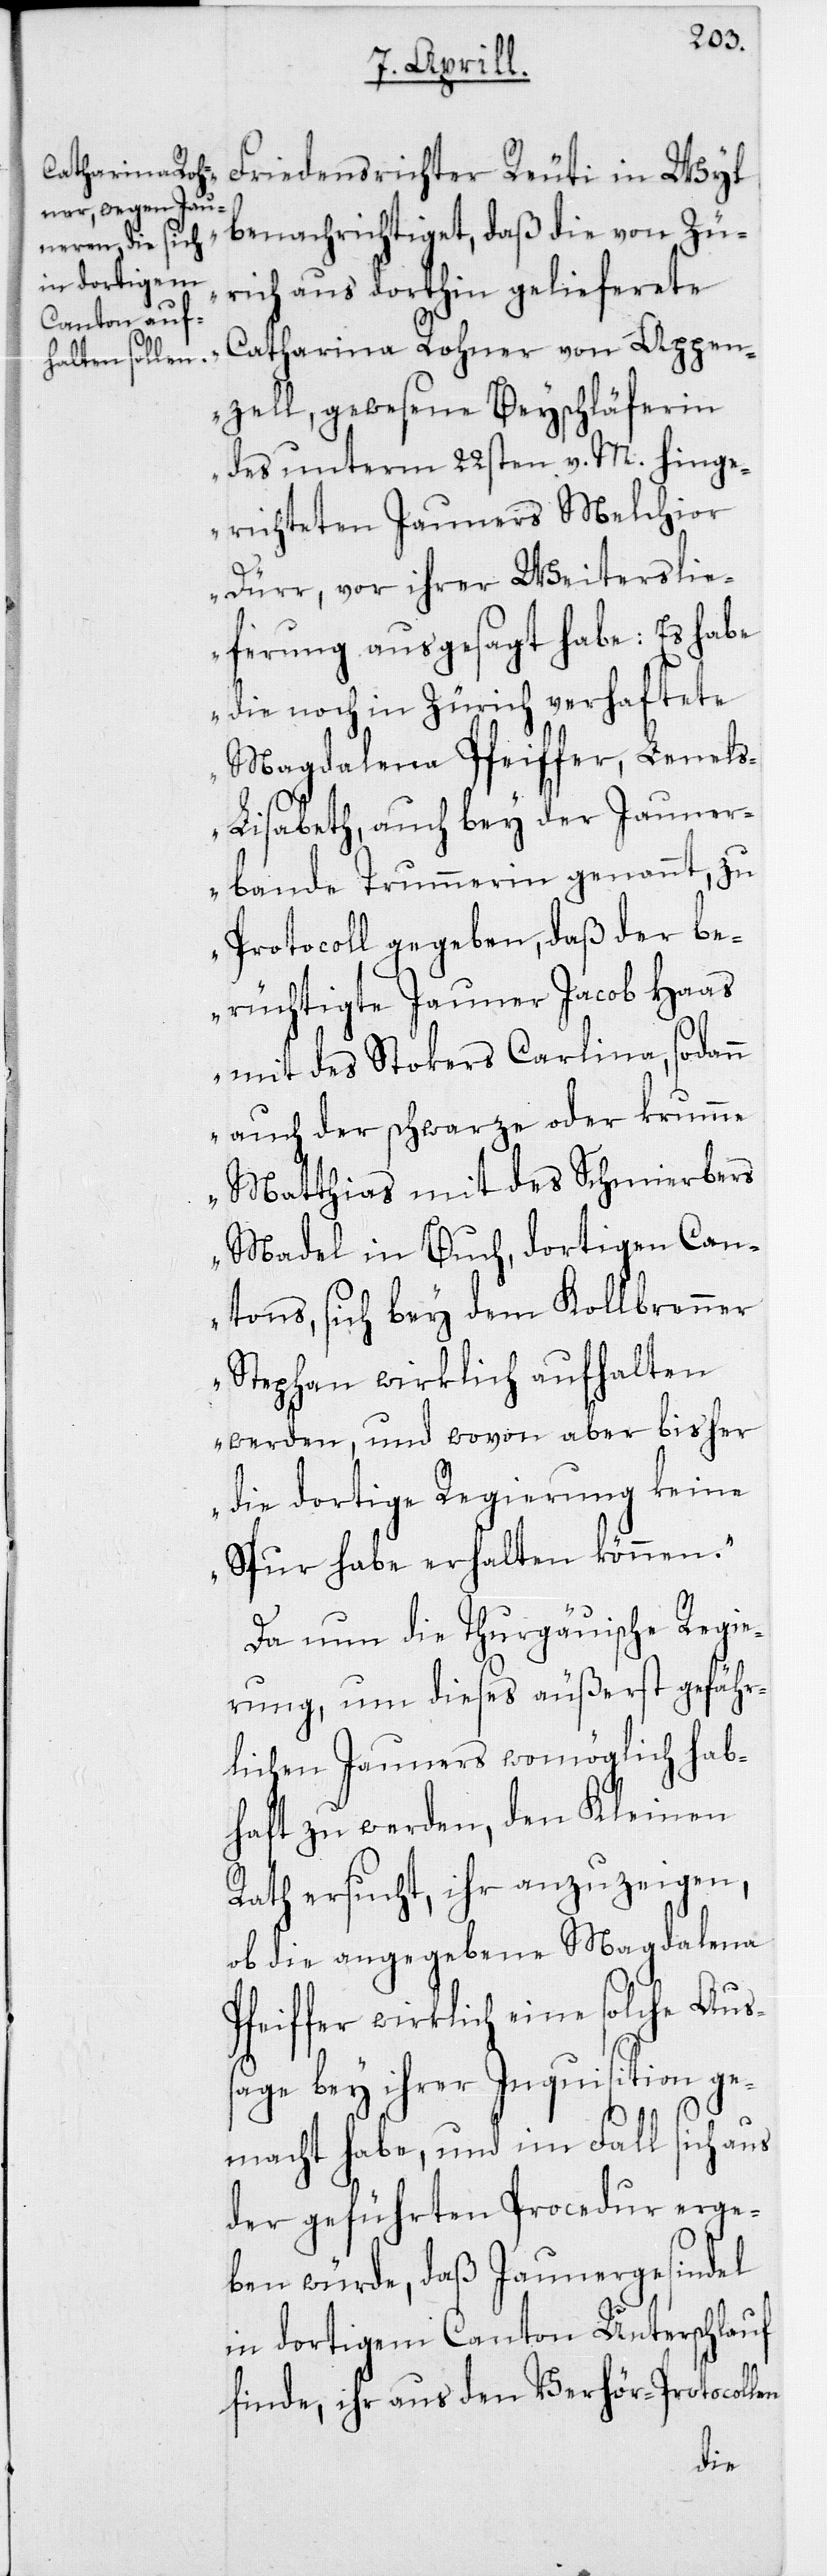
Friedensrichter Reuti in Wyl
benachrichtiget, daß die von Zü¬
rich aus dorthin gelieferete
Catharina Rohner von Appen¬
zell, gewesene Beyschläferin
des unterm 22sten v. M. hinge¬
richteten Jauners Melchior
Dürr, vor ihrer Weiterslie¬
ferung ausgesagt habe: Es habe
die noch in Zürich verhaftete
Magdalena Pfeiffer, Lenel¬
s-Lisabeth, auch bey der Jauner¬
bande Trummerin genannt, zu
Protocoll gegeben, daß der be¬
rüchtigte Jauner Jacob Haas
mit des Stokers Carlina, sodann
auch der schwarze oder krumme
Matthias mit des Schmierbers
Madel in Buch, dortigen Can¬
tons, sich bey dem Kollbrenner
Stephan wirklich aufhalten
werden, und wovon aber bisher
die dortige Regierung keine
Spur habe erhalten können.“
Da nun die Thurgäuische Regie¬
rung, um dieses äußerst gefähr¬
lichen Jauners womöglich hab¬
haft zu werden, den Kleinen
Rath ersucht, ihr anzuzeigen,
ob die angegebene Magdalena
Pfeiffer wirklich eine solche Aus¬
sage bey ihrer Inquisition ge¬
macht habe, und im Fall sich aus
der geführten Procedur erge¬
ben würde, daß Jaunergesindel
in dortigem Canton Unterschlauf
finde, ihr aus den Verhör-Protocollen